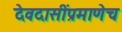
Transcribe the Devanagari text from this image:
देवदासींप्रमाणेच